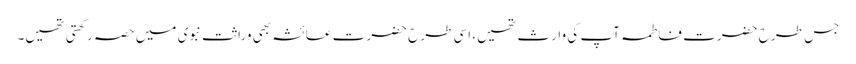
جس طرح حضرت فاطمہ آپ کی وارث تھیں، اسی طرح حضرت عائشہ بھی وراثت نبوی میں حصہ رکھتی تھیں۔